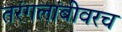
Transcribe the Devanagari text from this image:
तरंगलांबीवरच